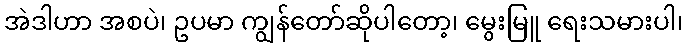
အဲဒါဟာ အစပဲ၊ ဥပမာ ကျွန်တော်ဆိုပါတော့၊ မွေးမြူ ရေးသမားပါ၊